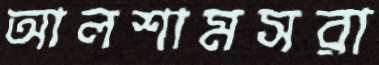
আলশামসরা